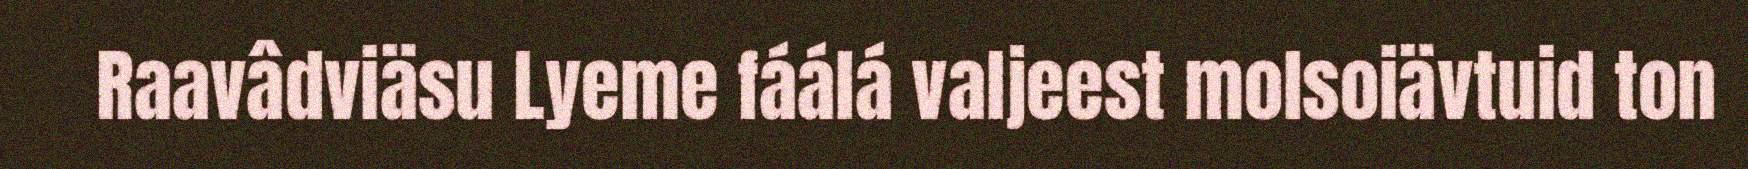
Raavâdviäsu Lyeme fáálá valjeest molsoiävtuid ton